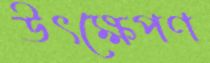
উৎক্ষেপণ